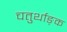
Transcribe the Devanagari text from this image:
चतुर्थाङ्क